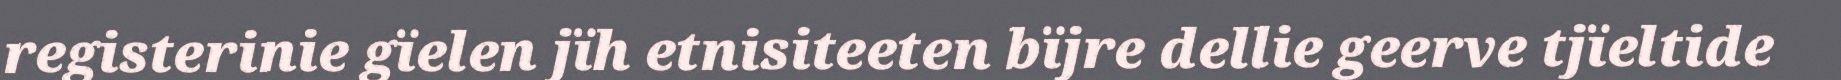
registerinie gïelen jïh etnisiteeten bïjre dellie geerve tjïeltide